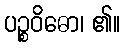
ပဉ္စဝိဓော၊ ၏။